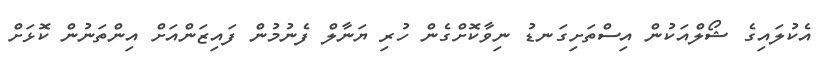
އެކުލައިގެ ޝޯލްއަކުން އިސްތަށިގަނޑު ނިވާކޮށްގެން ހުރި ޔަނާލް ފެނުމުން ފައިޒަންއަށް އިންތަނުން ކޮޅަށް